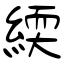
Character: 緛